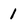
Character: l